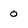
Character: 0